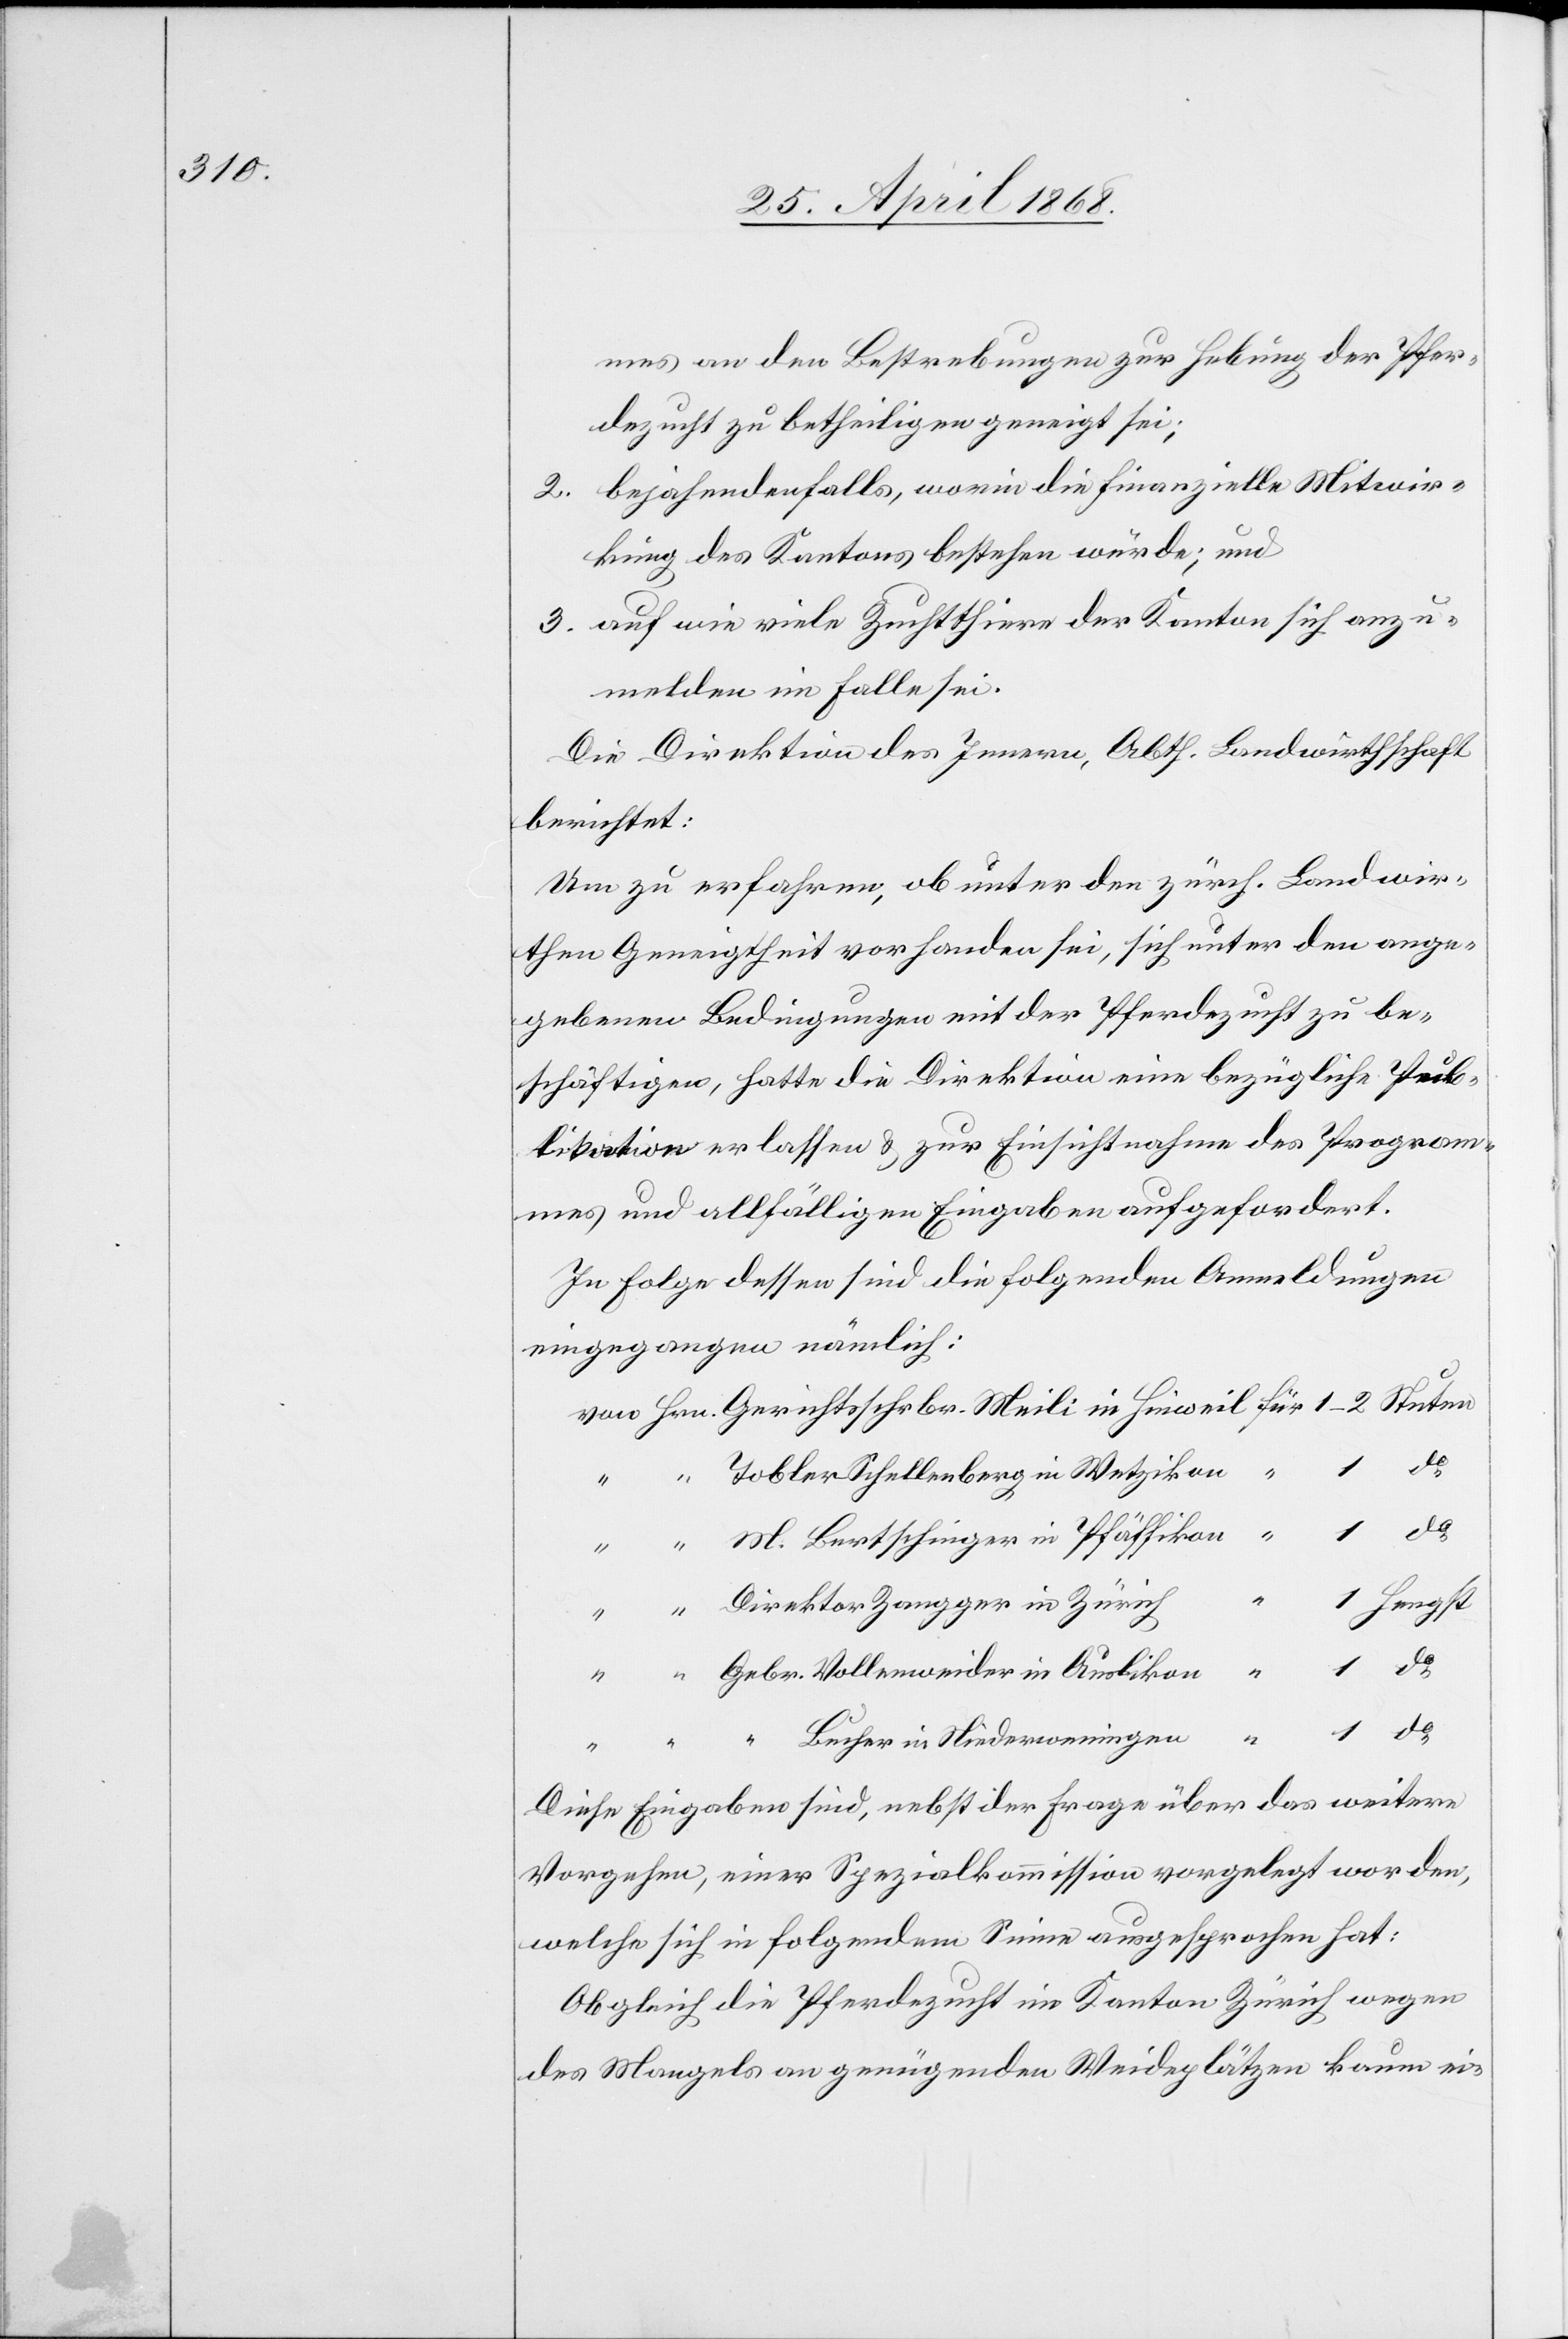
mes an den Bestrebungen zur Hebung der Pfer¬
dezucht zu betheiligen geneigt sei;
bejahendenfalls, worin die finanzielle Mitwir¬
kung des Kantons bestehen würde; und
auf wie viele Zuchtthiere der Kanton sich anzu¬
melden im Falle sei.
Die Direktion des Innern, Abth. Landwirthschaft
berichtet:
Um zu erfahren, ob unter den zürch. Landwir¬
then Geneigtheit vorhanden sei, sich unter den ange¬
gebenen Bedingungen mit der Pferdezucht zu be¬
schäftigen, hatte die Direktion eine bezügliche Pub¬
likation erlassen & zur Einsichtnahme des Program¬
mes und allfälligen Eingaben aufgefordert.
In Folge dessen sind die folgenden Anmeldungen
eingegangen nämlich:
Tobler-Schellenberg in Wetzikon
Hengst
Direktor Zangger in Zürich
Gebr. Vollenweider in Auslikon
“ Bucher in Niederweningen
Diese Eingaben sind, nebst der Frage über das weitere
Vorgehen, einer Spezialkommission vorgelegt worden,
welche sich in folgendem Sinne ausgesprochen hat:
Obgleich die Pferdezucht im Kanton Zürich wegen
des Mangels an genügenden Weideplätzen kaum ei-